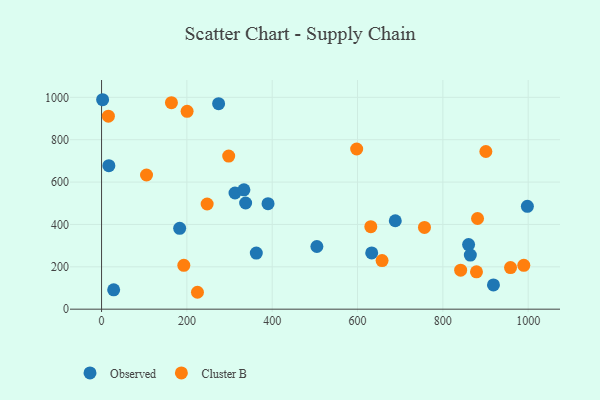
{"axis": {"x": "Price", "y": "Profit"}, "legend": ["Cluster B", "Observed"], "data": [{"x": "312.8", "y": 548.5, "type": "Observed"}, {"x": "183.1", "y": 381.8, "type": "Observed"}, {"x": "274.4", "y": 970.0, "type": "Observed"}, {"x": "918.6", "y": 114.3, "type": "Observed"}, {"x": "333.7", "y": 563.2, "type": "Observed"}, {"x": "2.5", "y": 988.7, "type": "Observed"}, {"x": "860.3", "y": 305.0, "type": "Observed"}, {"x": "864.4", "y": 255.3, "type": "Observed"}, {"x": "998.1", "y": 485.3, "type": "Observed"}, {"x": "337.7", "y": 501.2, "type": "Observed"}, {"x": "17.1", "y": 677.3, "type": "Observed"}, {"x": "390.2", "y": 498.1, "type": "Observed"}, {"x": "504.7", "y": 295.8, "type": "Observed"}, {"x": "688.5", "y": 417.4, "type": "Observed"}, {"x": "362.7", "y": 264.8, "type": "Observed"}, {"x": "28.4", "y": 91.5, "type": "Observed"}, {"x": "633.2", "y": 265.5, "type": "Observed"}, {"x": "16.0", "y": 910.9, "type": "Cluster B"}, {"x": "657.5", "y": 229.3, "type": "Cluster B"}, {"x": "631.1", "y": 389.5, "type": "Cluster B"}, {"x": "841.7", "y": 184.3, "type": "Cluster B"}, {"x": "163.8", "y": 974.9, "type": "Cluster B"}, {"x": "878.8", "y": 176.2, "type": "Cluster B"}, {"x": "958.6", "y": 196.5, "type": "Cluster B"}, {"x": "881.3", "y": 428.0, "type": "Cluster B"}, {"x": "598.0", "y": 756.2, "type": "Cluster B"}, {"x": "756.9", "y": 385.9, "type": "Cluster B"}, {"x": "298.0", "y": 722.6, "type": "Cluster B"}, {"x": "989.7", "y": 207.2, "type": "Cluster B"}, {"x": "247.5", "y": 496.5, "type": "Cluster B"}, {"x": "192.8", "y": 207.1, "type": "Cluster B"}, {"x": "105.4", "y": 633.4, "type": "Cluster B"}, {"x": "200.5", "y": 934.1, "type": "Cluster B"}, {"x": "224.8", "y": 79.8, "type": "Cluster B"}, {"x": "900.8", "y": 744.2, "type": "Cluster B"}]}